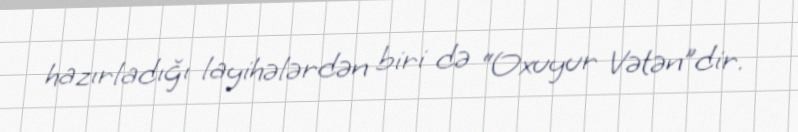
hazırladığı layihələrdən biri də “Oxuyur Vətən”dir.